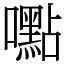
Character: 嚸